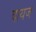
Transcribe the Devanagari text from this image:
दायज